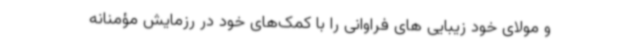
و مولای خود زیبایی های فراوانی را با کمک‌های خود در رزمایش مؤمنانه